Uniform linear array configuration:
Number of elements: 8
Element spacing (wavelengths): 0.75
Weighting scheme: exponential
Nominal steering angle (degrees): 30
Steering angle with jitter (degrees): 30.448
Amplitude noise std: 0.05
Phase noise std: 0.05

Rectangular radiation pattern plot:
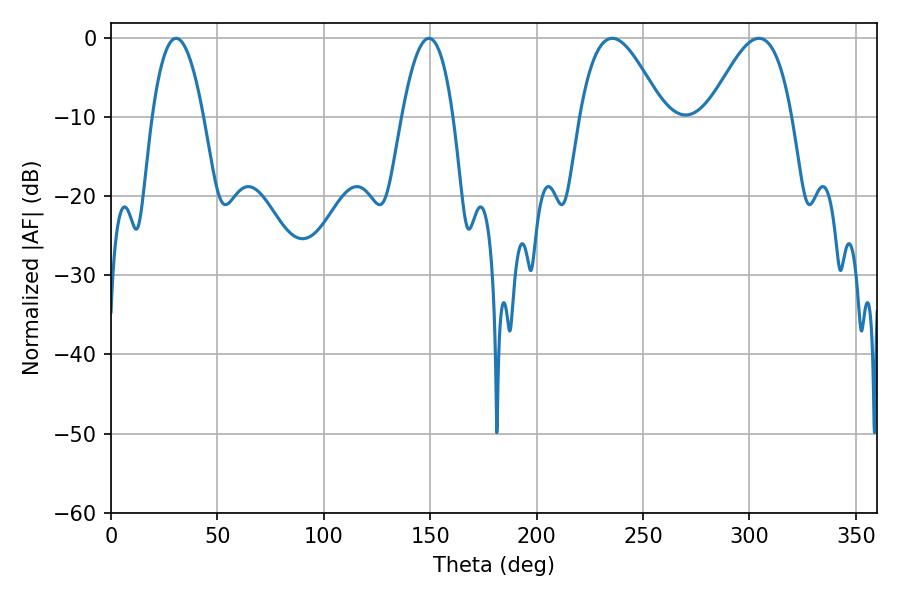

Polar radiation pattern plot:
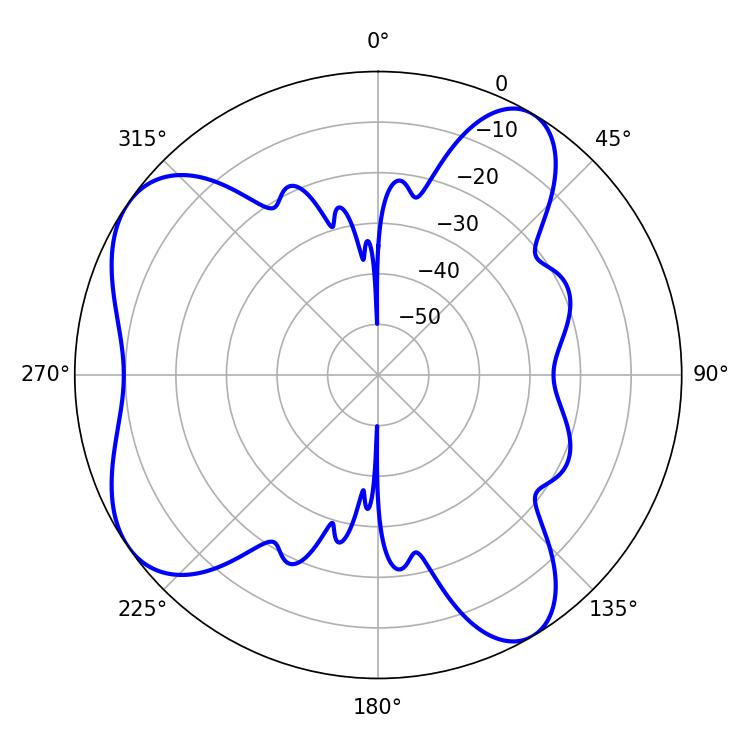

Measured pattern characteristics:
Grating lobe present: TRUE
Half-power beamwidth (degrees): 13.32
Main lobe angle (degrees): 149.4